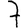
Digit: 7